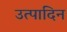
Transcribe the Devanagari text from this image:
उत्पादिन